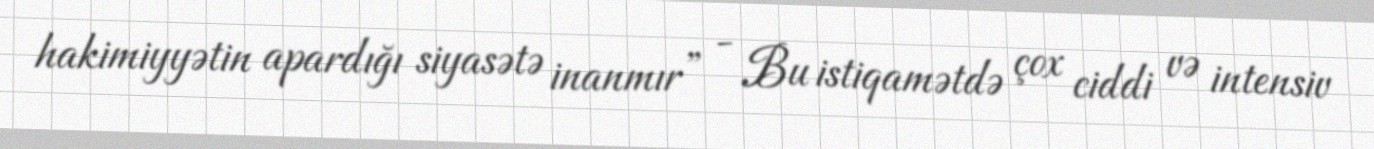
hakimiyyətin apardığı siyasətə inanmır” - Bu istiqamətdə çox ciddi və intensiv